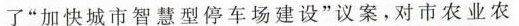
了”加快城市智慧型停车场建设”议案，对市农业农